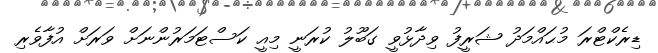
ޑިރެކްޓްރަ މުޙައްމަދު ޝަރީފު ވިދާޅުވީ ގަބޫލު ކުރަނީ މިއީ ކަސްޓަމަރުންނަށް ވަރަށް އުފާވެރި